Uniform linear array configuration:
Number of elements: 12
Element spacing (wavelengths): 0.75
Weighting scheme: exponential
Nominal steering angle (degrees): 0
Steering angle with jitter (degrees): -1.678
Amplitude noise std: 0.05
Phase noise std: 0.05

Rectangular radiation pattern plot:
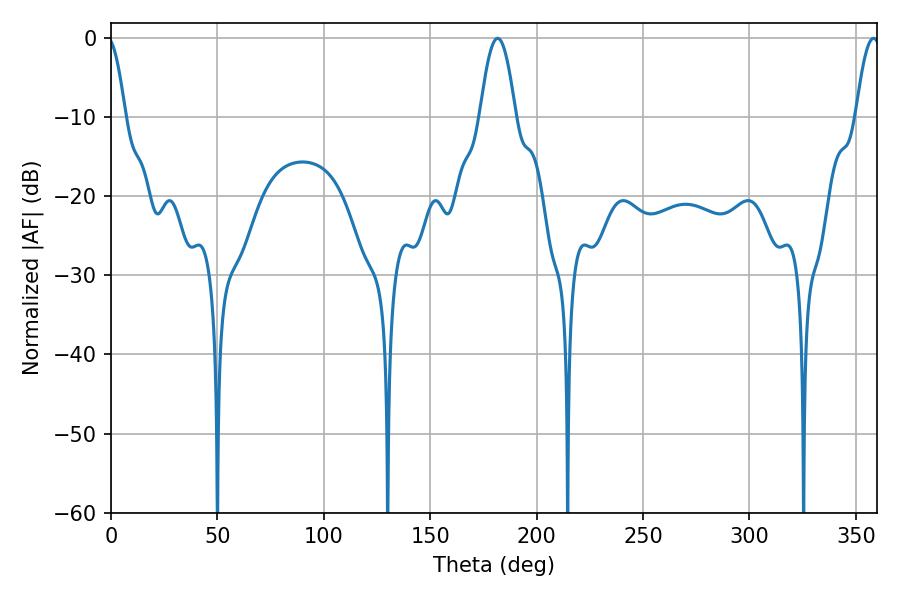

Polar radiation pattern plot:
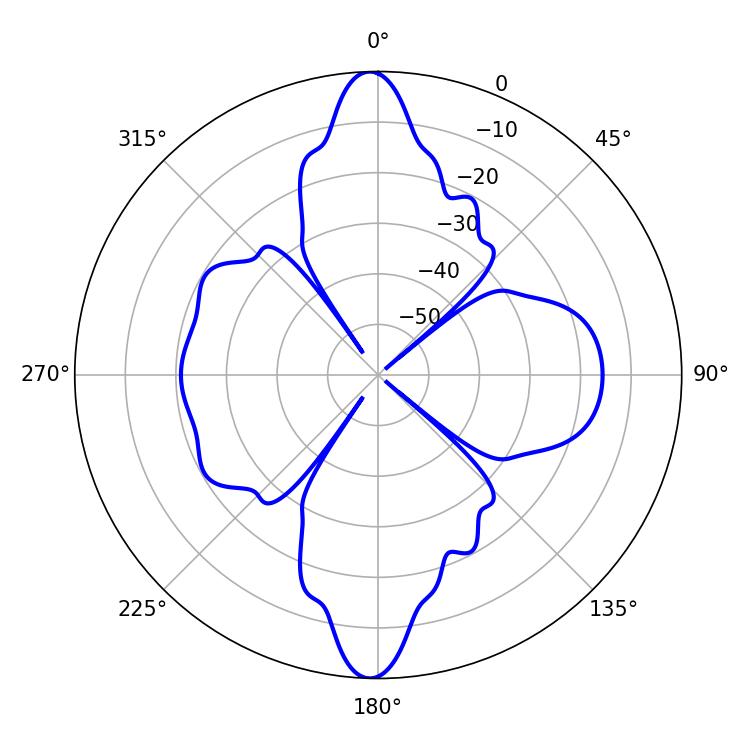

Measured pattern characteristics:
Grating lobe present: TRUE
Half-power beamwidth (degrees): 9.18
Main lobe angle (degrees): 181.62